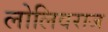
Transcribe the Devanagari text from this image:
लोलिवराज